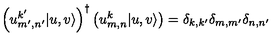
\left( u _ { m ^ { \prime } , n ^ { \prime } } ^ { k ^ { \prime } } | u , v \rangle \right) ^ { \dagger } \left( u _ { m , n } ^ { k } | u , v \rangle \right) = \delta _ { k , k ^ { \prime } } \delta _ { m , m ^ { \prime } } \delta _ { n , n ^ { \prime } }